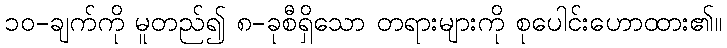
၁၀-ချက်ကို မူတည်၍ ၈-ခုစီရှိသော တရားများကို စုပေါင်းဟောထား၏။